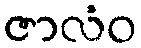
ဇာလံဝ